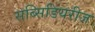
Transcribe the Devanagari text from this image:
सब्सिडियरीज